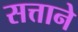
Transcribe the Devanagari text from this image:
सत्ताने